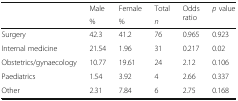
<table><thead><tr><td rowspan="2"></td><td><b>Male</b></td><td><b>Female</b></td><td><b>Total</b></td><td rowspan="2"><b>Odds ratio</b></td><td rowspan="2"><b><i>p</i> value</b></td></tr><tr><td><b>%</b></td><td><b>%</b></td><td><b><i>n</i></b></td></tr></thead><tbody><tr><td>Surgery</td><td>42.3</td><td>41.2</td><td>76</td><td>0.965</td><td>0.923</td></tr><tr><td>Internal medicine</td><td>21.54</td><td>1.96</td><td>31</td><td>0.217</td><td>0.02</td></tr><tr><td>Obstetrics/gynaecology</td><td>10.77</td><td>19.61</td><td>24</td><td>2.12</td><td>0.106</td></tr><tr><td>Paediatrics</td><td>1.54</td><td>3.92</td><td>4</td><td>2.66</td><td>0.337</td></tr><tr><td>Other</td><td>2.31</td><td>7.84</td><td>6</td><td>2.75</td><td>0.168</td></tr></tbody></table>